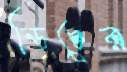
ডিচের